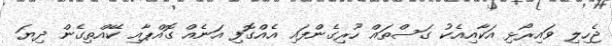
ޖެހިލި ވައިރޯޅި އަކާއިއެކު ގަސްތައް ހޫރިގެންފައި އެއްގޮފި އަނެއް ގޮއްޕާއި ކޭއްތިގެން ދިޔަ